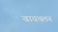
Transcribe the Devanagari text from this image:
बायथलन